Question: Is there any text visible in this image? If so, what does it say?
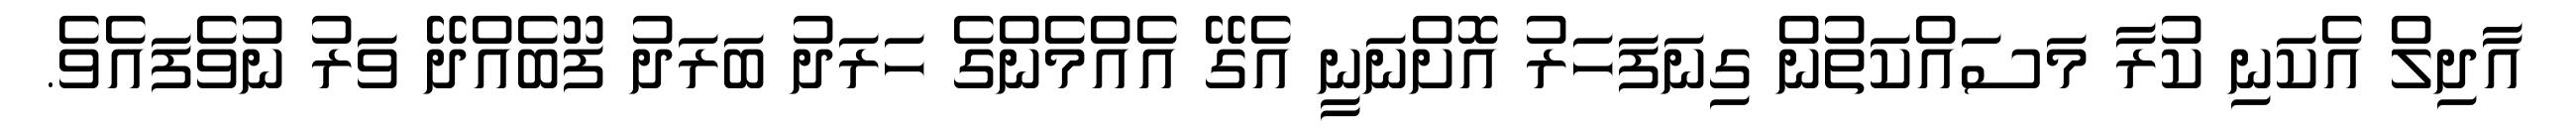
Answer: އާދިލް އެކަނި ކުރާ މަސައްކަތުން ގިނަފަހަރު އޮށްނަނީ އެގޭ އެއްމެންގެ ހަރަދު ބަރަދު ފޫބެއްދޭ ވަރު ނުވެފައެވެ.